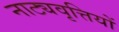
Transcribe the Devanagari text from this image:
नाट्यवृत्तियों